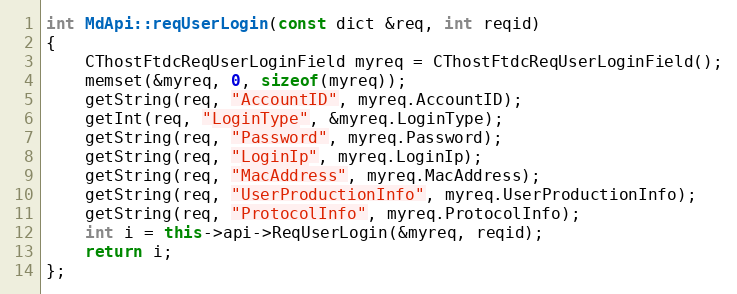
Language: C++
int MdApi::reqUserLogin(const dict &req, int reqid)
{
	CThostFtdcReqUserLoginField myreq = CThostFtdcReqUserLoginField();
	memset(&myreq, 0, sizeof(myreq));
	getString(req, "AccountID", myreq.AccountID);
	getInt(req, "LoginType", &myreq.LoginType);
	getString(req, "Password", myreq.Password);
	getString(req, "LoginIp", myreq.LoginIp);
	getString(req, "MacAddress", myreq.MacAddress);
	getString(req, "UserProductionInfo", myreq.UserProductionInfo);
	getString(req, "ProtocolInfo", myreq.ProtocolInfo);
	int i = this->api->ReqUserLogin(&myreq, reqid);
	return i;
};